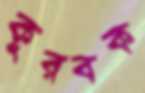
কুরবক